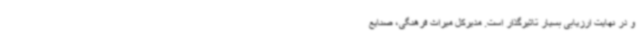
و در نهایت ارزیابی بسیار تاثیرگذار است. مدیرکل میراث فرهنگی، صنایع